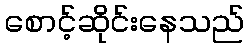
စောင့်ဆိုင်းနေသည်